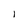
Character: 1